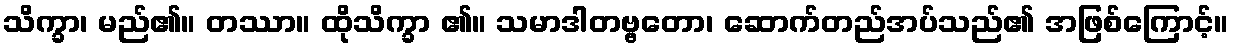
သိက္ခာ၊ မည်၏။ တဿာ။ ထိုသိက္ခာ ၏။ သမာဒါတဗ္ဗတော၊ ဆောက်တည်အပ်သည်၏ အဖြစ်ကြောင့်။